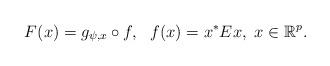
LaTeX: \begin{align*}F(x)=g_{\psi,x} \circ f, \ \ f(x)=x^*Ex, \ x \in \mathbb{R}^{p}.\end{align*}